Leaving Certificate Examination, 1921
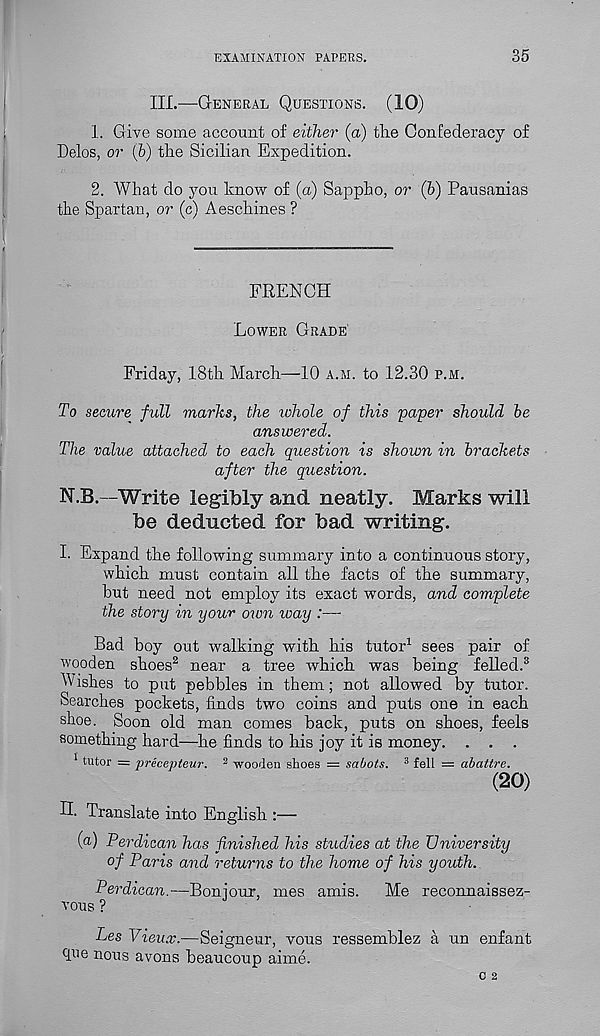
EXAMINATION PAPERS.
35
III.—General Questions. (10)
1. Give some account of either (a) the Confederacy of
Delos, or (&) the Sicilian Expedition.
2. What do you know of (a) Sappho, or (h) Pausanias
the Spartau, or (c) Aeschines ?
FRENCH
Lower Grade
Friday, 18th March—10 a.m. to 12.30 p.m.
To secure full marks, the whole of this paper should he
answered.
The value attached to each question is shown in brackets
after the question.
N.B.—Write legibly and neatly. Marks will
be deducted for bad writing.
I. Expand the following summary into a continuous story,
which must contain all the facts of the summary,
but need not employ its exact words, and complete
the story in your own way :—
Bad boy out walking with his tutor 1 sees pair of
wooden shoes 2 near a tree which was being felled. 3
Wishes to put pebbles in them; not allowed by tutor.
Searches pockets, finds two coins and puts one in each
shoe. Soon old man comes back, puts on shoes, feels
something hard—he finds to his joy it is money. . . .
1 tutor = precepteur. 2 wooden shoes = sabots. 3 fell = abattre.
(20)
H. Translate into English :—
(a) Per dican has finished his studies at the University
of Paris and returns to the home of his youth.
Perdican.—Bonjour, mes amis.
Me reconnaissez-
vous ?
Les Vieux.—Seigneur, vous ressemblez a un enfant
que nous avons beaucoup aime.